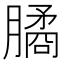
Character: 𣎛